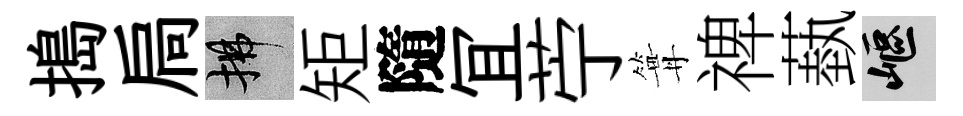
搗扃拂矩隨冝苧篝禆蓺嶇